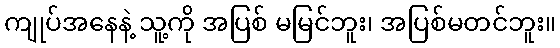
ကျုပ်အနေနဲ့ သူ့ကို အပြစ် မမြင်ဘူး၊ အပြစ်မတင်ဘူး။